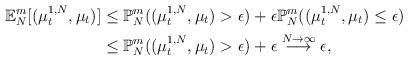
LaTeX: \begin{align*}\mathbb{E}_N^m[(\mu_t^{1,N},\mu_t)]&\leq \mathbb{P}_N^m((\mu_t^{1,N},\mu_t)>\epsilon) + \epsilon\mathbb{P}_N^m((\mu_t^{1,N},\mu_t)\leq\epsilon)\\&\leq \mathbb{P}_N^m((\mu_t^{1,N},\mu_t)>\epsilon) + \epsilon \overset{N \to \infty }{\longrightarrow} \epsilon,\end{align*}